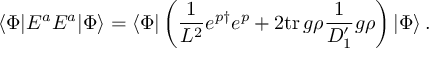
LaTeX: \langle \Phi | E ^ { a } E ^ { a } | \Phi \rangle = \langle \Phi | \left( \frac { 1 } { L ^ { 2 } } e ^ { p \dagger } e ^ { p } + 2 \mathrm { t r } \, g \rho \frac { 1 } { D _ { 1 } ^ { \prime } } g \rho \right) | \Phi \rangle \, .